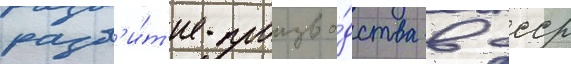
разв'и́т'ие произво́дства в ссср